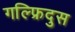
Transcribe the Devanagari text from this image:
गल्फ्रिदुस